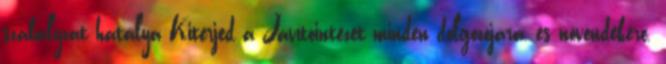
szabályzat hatálya Kiterjed a Javítóintézet minden dolgozójára, és növendékére.